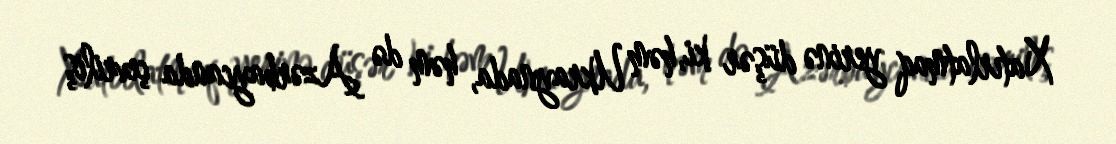
Xatırlatmaq yerinə düşər ki, həm Ukraynada, həm də Azərbaycanda çevriliş